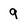
Character: 9